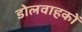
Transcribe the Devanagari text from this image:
डोलवाहकों